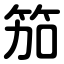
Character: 笳